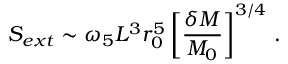
S _ { e x t } \sim \omega _ { 5 } L ^ { 3 } r _ { 0 } ^ { 5 } \left[ { \frac { \delta M } { M _ { 0 } } } \right] ^ { 3 / 4 } \, .